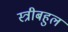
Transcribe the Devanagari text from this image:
स्त्रीबहुल